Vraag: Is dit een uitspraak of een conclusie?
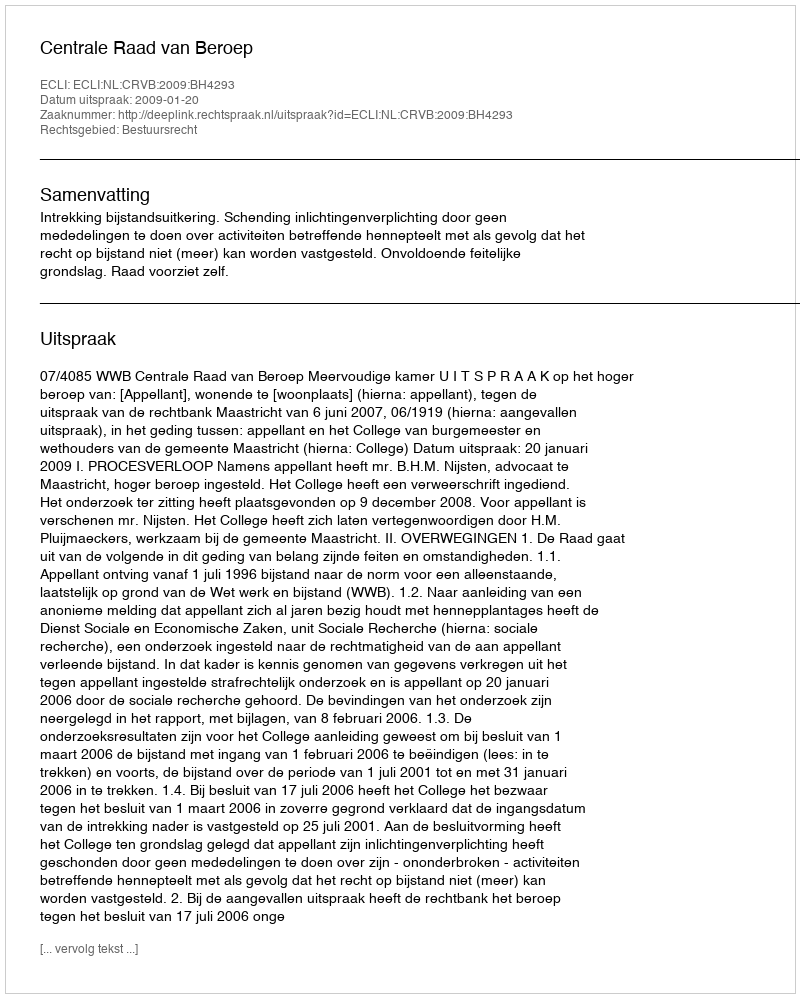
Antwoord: Uitspraak